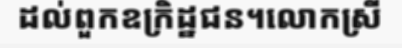
ដល់ពួកឧក្រិដ្ឋជន។លោកស្រី